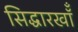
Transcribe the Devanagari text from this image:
सिद्धारखॉँ